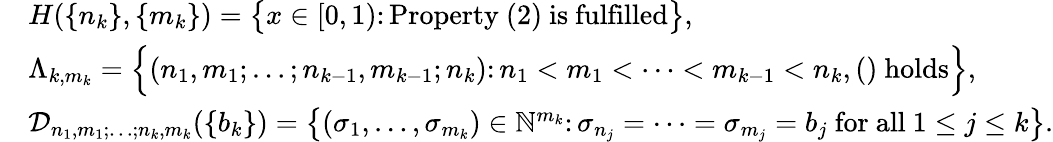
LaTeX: \begin{array}{rl}&{H(\{ n_{k}\} ,\{ m_{k}\} )=\big\{ x\in[0,1)\colon\mathrm{Property~}(2)\mathrm{~is~fulfilled}\big\} ,}\\ &{\Lambda_{k,m_{k}}=\Big\{ (n_{1},m_{1};\ldots;n_{k-1},m_{k-1};n_{k})\colon n_{1}<m_{1}<\cdots<m_{k-1}<n_{k},()\mathrm{~holds}\Big\} ,}\\ &{\mathcal{D}_{n_{1},m_{1};\ldots;n_{k},m_{k}}(\{ b_{k}\} )=\big\{ (\sigma_{1},\ldots,\sigma_{m_{k}})\in\mathbb{N}^{m_{k}}\colon\sigma_{n_{j}}=\cdots=\sigma_{m_{j}}=b_{j}\mathrm{~for~all~}1\leq j\leq k\big\} .}\end{array}